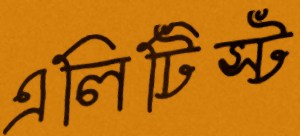
এলিটিস্ট